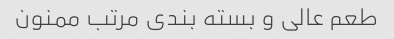
طعم عالی و بسته بندی مرتب ممنون